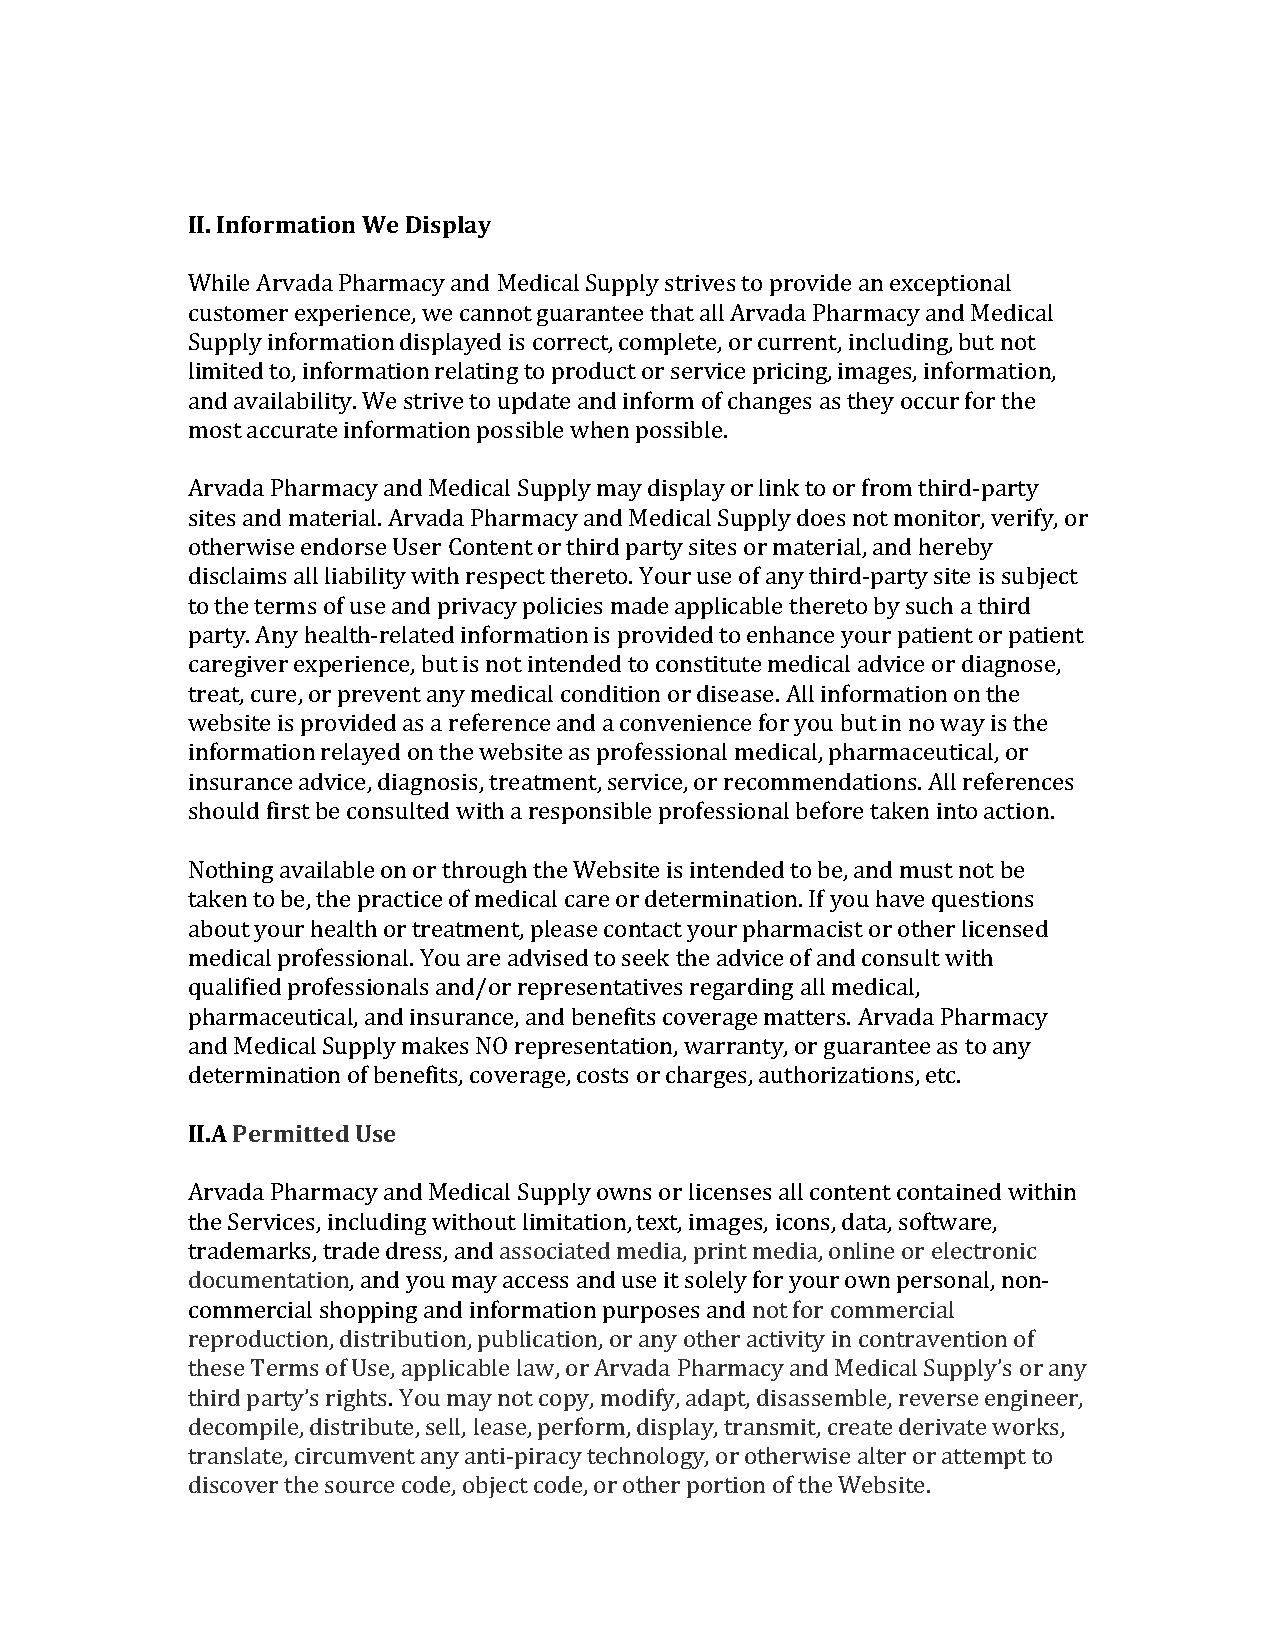
II. Information We Display
 While Arvada Pharmacy and Medical Supply strives to provide an exceptional
 customer experience, we cannot guarantee that all Arvada Pharmacy and Medical
 Supply information displayed is correct, complete, or current, including, but not
 limited to, information relating to product or service pricing, images, information,
 and availability. We strive to update and inform of changes as they occur for the
 most accurate information possible when possible.
 Arvada Pharmacy and Medical Supply may display or link to or from third-party
 sites and material. Arvada Pharmacy and Medical Supply does not monitor, verify, or
 otherwise endorse User Content or third party sites or material, and hereby
 disclaims all liability with respect thereto. Your use of any third-party site is subject
 to the terms of use and privacy policies made applicable thereto by such a third
 party. Any health-related information is provided to enhance your patient or patient
 caregiver experience, but is not intended to constitute medical advice or diagnose,
 treat, cure, or prevent any medical condition or disease. All information on the
 website is provided as a reference and a convenience for you but in no way is the
 information relayed on the website as professional medical, pharmaceutical, or
 insurance advice, diagnosis, treatment, service, or recommendations. All references
 should first be consulted with a responsible professional before taken into action.
 Nothing available on or through the Website is intended to be, and must not be
 taken to be, the practice of medical care or determination. If you have questions
 about your health or treatment, please contact your pharmacist or other licensed
 medical professional. You are advised to seek the advice of and consult with
 qualified professionals and/or representatives regarding all medical,
 pharmaceutical, and insurance, and benefits coverage matters. Arvada Pharmacy
 and Medical Supply makes NO representation, warranty, or guarantee as to any
 determination of benefits, coverage, costs or charges, authorizations, etc.
 II.A Permitted Use
 Arvada Pharmacy and Medical Supply owns or licenses all content contained within
 the Services, including without limitation, text, images, icons, data, software,
 trademarks, trade dress, and associated media, print media, online or electronic
 documentation, and you may access and use it solely for your own personal, non-
 commercial shopping and information purposes and not for commercial
 reproduction, distribution, publication, or any other activity in contravention of
 these Terms of Use, applicable law, or Arvada Pharmacy and Medical Supply’s or any
 third party’s rights. You may not copy, modify, adapt, disassemble, reverse engineer,
 decompile, distribute, sell, lease, perform, display, transmit, create derivate works,
 translate, circumvent any anti-piracy technology, or otherwise alter or attempt to
 discover the source code, object code, or other portion of the Website.